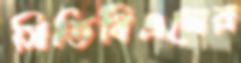
সিডিবিএলের